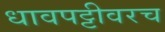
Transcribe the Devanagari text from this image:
धावपट्टीवरच